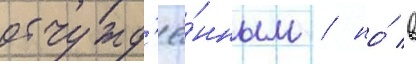
отчужд'ё́нным / но́ в